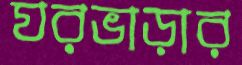
ঘরভাড়ার